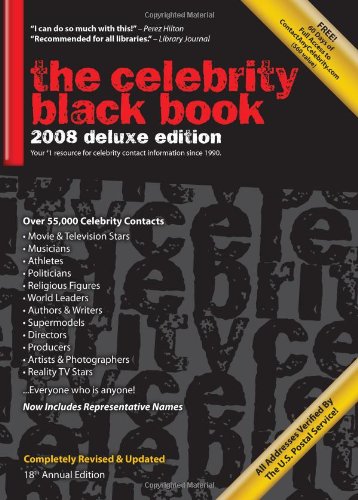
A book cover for The Celebrity Black Book 2008: Over 55,000 Accurate Celebrity Addresses for Fans,Businesses & Nonprofits; Crafts, Hobbies & Home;